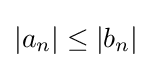
|a_{n}|\leq |b_{n}|